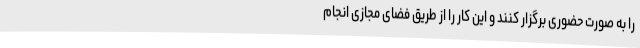
را به صورت حضوری برگزار کنند و این کار را از طریق فضای مجازی انجام